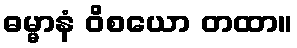
ဓမ္မာနံ ဝိစယော တထာ။